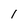
Character: 1